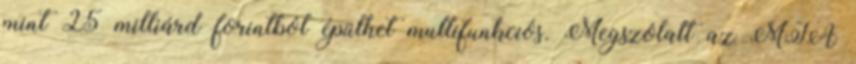
mint 25 milliárd forintból épülhet multifunkciós. Megszólalt az MTA